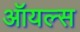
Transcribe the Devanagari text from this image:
ऑयल्स